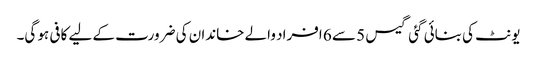
یونٹ کی بنائی گئی گیس 5 سے 6 افراد والے خاندان کی ضرورت کے لیے کافی ہو گی۔